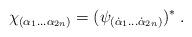
LaTeX: \begin{align*} \chi_{(\alpha_1\ldots \alpha_{2n})} = (\psi_{(\dot\alpha_1\ldots \dot\alpha_{2n})})^* \;.\end{align*}